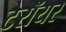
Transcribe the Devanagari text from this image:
टेरॉयर